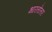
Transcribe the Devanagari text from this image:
भारतोत्तर